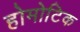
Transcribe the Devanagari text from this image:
होमोटिक